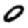
Digit: 0